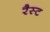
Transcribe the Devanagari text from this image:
रैस्ट